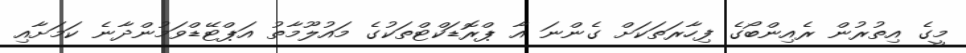
މީގެ އިތުރުން ރެއިންބޯގެ ފިހާރަތަކަށް ގެންނަ އާ ޕްރޮޑަކްޓްތަކުގެ މައުލޫމާތު އަޕްޓޭޑްވަމުންދާނެ ކަމަށާއި